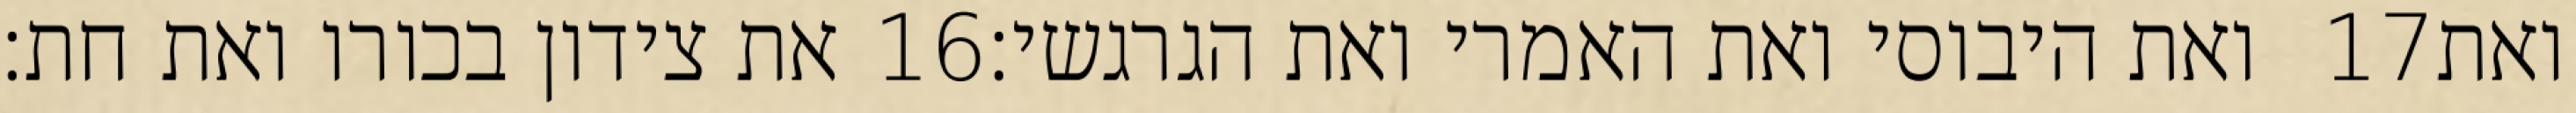
את צידון בכורו ואת חת׃ ‎16‏ ואת היבוסי ואת האמרי ואת הגרגשי׃ ‎17‏ ואת